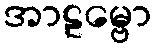
အာဠမ္ဗော